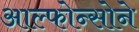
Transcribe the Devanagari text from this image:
आल्फोन्सोने